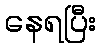
နေရပြီး